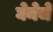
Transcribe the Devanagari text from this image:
घेनेचे